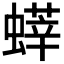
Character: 𧐞